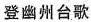
登幽州台歌